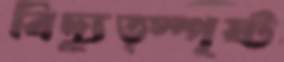
বিদ্যুত্স্পৃষ্ট